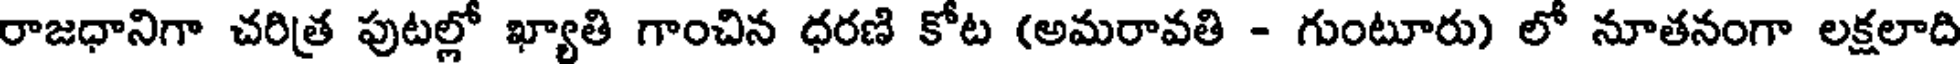
రాజధానిగా చరిత్ర పుటల్లో ఖ్యాతి గాంచిన ధరణి కోట (అమరావతి - గుంటూరు) లో నూతనంగా లక్షలాది